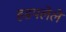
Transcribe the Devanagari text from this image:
हडपलेले